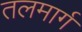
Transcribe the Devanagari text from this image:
तलमार्ग